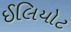
ઈલિયોટ